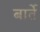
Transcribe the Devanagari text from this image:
बार्ते